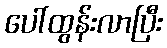
ပေါ်ထွန်းလာပြီး